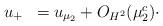
LaTeX: \begin{align*}\begin{array}{ll}u_{+} & = u_{\mu_{2}} + O_{H^{2}}( \mu_{2}^{c}) \cdot\end{array}\end{align*}